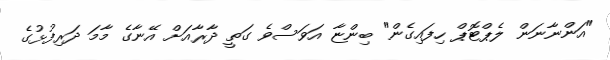
"އަންނާނަން ލެޕްޓޮޕް ހިފައިގެން" ބިންޏާ އަވަސްވެ ގަތީ ދާރާއަށް އޭނާގެ މާމަ ދަރިފުޅުގެ